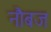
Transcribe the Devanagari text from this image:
नौबज